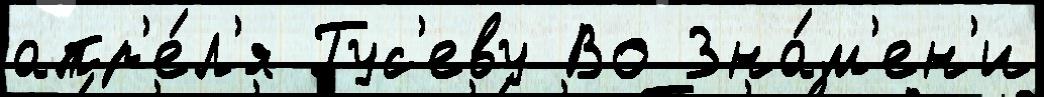
апр'е́л'я Гус'еву Во Зна́м'ен'и